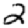
Digit: 2